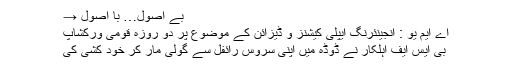
بے اُصول… با اُصول →
اے ایم یو : انجینئرنگ ایپلی کیشنز و ڈیزائن کے موضوع پر دو روزہ قومی ورکشاپ
بی ایس ایف اہلکار نے ڈوڈہ میں اپنی سروس رائفل سے گولی مار کر خود کشی کی